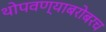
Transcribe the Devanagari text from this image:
थोपवण्याबरोबरच